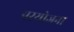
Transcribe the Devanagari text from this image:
परयोजना